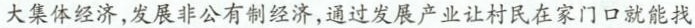
大集体经济，发展非公有制经济，通过发展产业让村民在家门口就能找